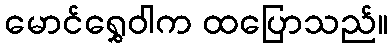
မောင်ရွှေဝါက ထပြောသည်။